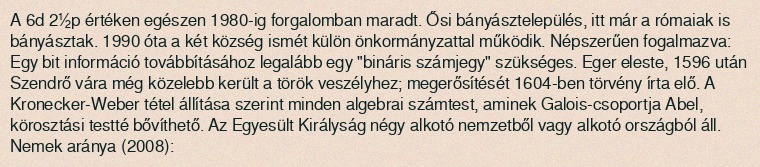
A 6d 2½p értéken egészen 1980-ig forgalomban maradt. Ősi bányásztelepülés, itt már a rómaiak is bányásztak. 1990 óta a két község ismét külön önkormányzattal működik. Népszerűen fogalmazva: Egy bit információ továbbításához legalább egy "bináris számjegy" szükséges. Eger eleste, 1596 után Szendrő vára még közelebb került a török veszélyhez; megerősítését 1604-ben törvény írta elő. A Kronecker-Weber tétel állítása szerint minden algebrai számtest, aminek Galois-csoportja Abel, körosztási testté bővíthető. Az Egyesült Királyság négy alkotó nemzetből vagy alkotó országból áll. Nemek aránya (2008):